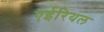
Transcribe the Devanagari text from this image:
एईरियल